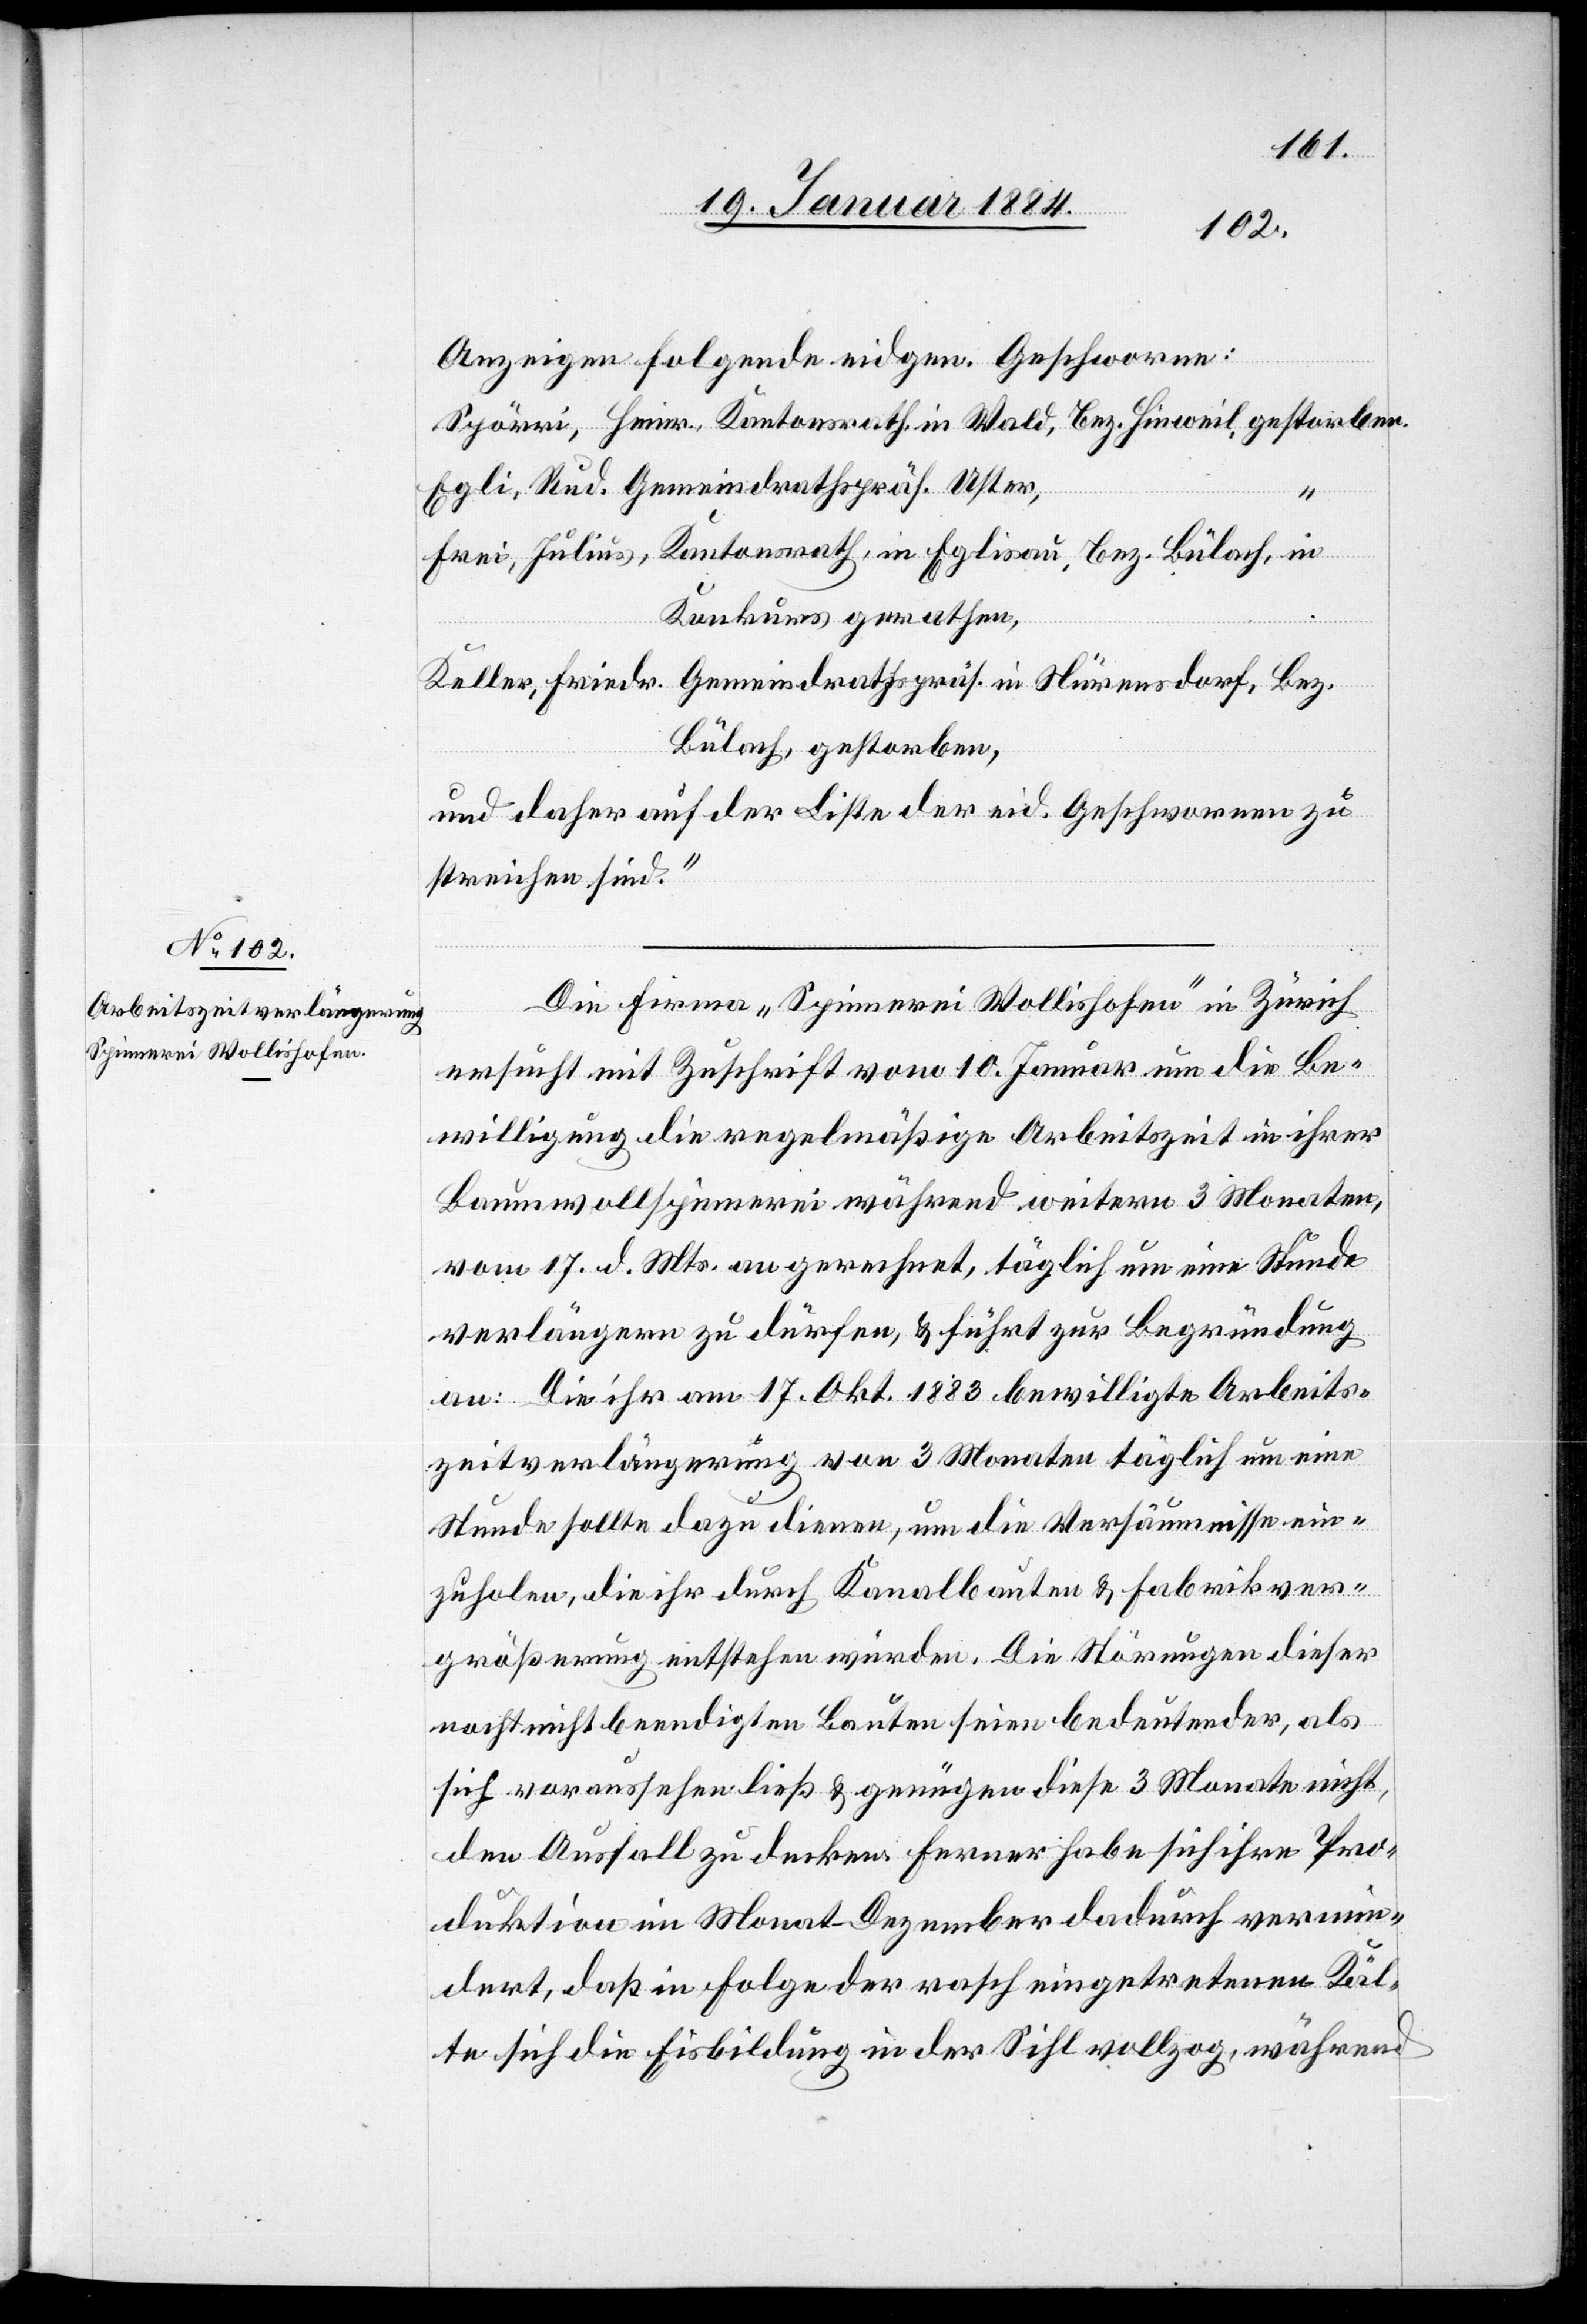
Anzeigen folgende eidgen. Geschworene:
Spörri, Heinr. Kantonsrath, in Wald, Bez. Hinweil, gestorben,
Egli, Rud. Gemeindrathspräs. Uster,
Frei, Julius, Kantonsrath, in Eglisau, Bez. Bülach, in
Konkurs gerathen,
Keller, Friedr. Gemeindrathpräs. in Nürensdorf, Bez.
Bülach, gestorben,
und daher auf der Liste der eid. Geschworenen zu
streichen sind.“
Die Firma „Spinnerei Wollishofen“ in Zürich
ersucht mit Zuschrift vom 10. Januar um die Be¬
willigung die regelmäßige Arbeitszeit in ihrer
Baumwollspinnerei während weitern 3 Monaten,
vom 17. d. Mts. angerechnet, täglich um eine Stunde
verlängern zu dürfen, & führt zur Begründung
an: Die ihr am 17. Okt. 1883 bewilligte Arbeits¬
zeitverlängerung von 3 Monaten täglich um eine
Stunde sollte dazu dienen, um die Versäumnisse ein¬
zuholen, die ihr durch Kanalbauten & Fabrikver¬
größerung entstehen würden. Die Störungen dieser
noch nicht beendigten Bauten seien bedeutender, als
sich voraussehen ließ & genügen diese 3 Monate nicht,
den Ausfall zu decken. Ferner habe sich ihre Pro¬
duktion im Monat Dezember dadurch vermin¬
dert, daß in Folge der rasch eingetretener Käl¬
te sich die Eisbildung in der Sihl vollzog, während